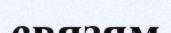
связям